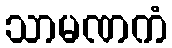
သာမဏကံ